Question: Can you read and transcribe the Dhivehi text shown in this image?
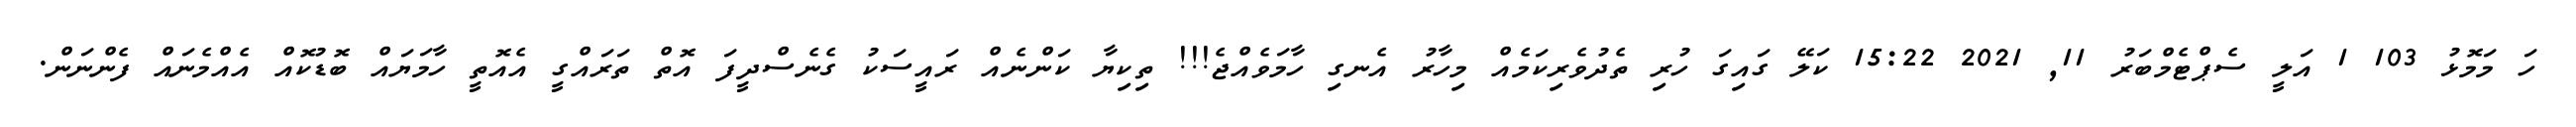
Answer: ހަ މަމޮޅު 103 1 އަލީ ސެޕްޓެމްބަރު 11, 2021 15:22 ކަލޭ ގައިގަ ހުރި ތެދުވެރިކަމެއް މިހާރު އެނގި ހާމަވެއްޖެ!!! ތިކިޔާ ކަންނެއް ރައީސަކު ގެނެސްދީފަ އޮތް ތަރައްގީ އެއޮތީ ހާމަޔައް ބޮޑުކޮއް އެއްމެނައް ފެންނަން.